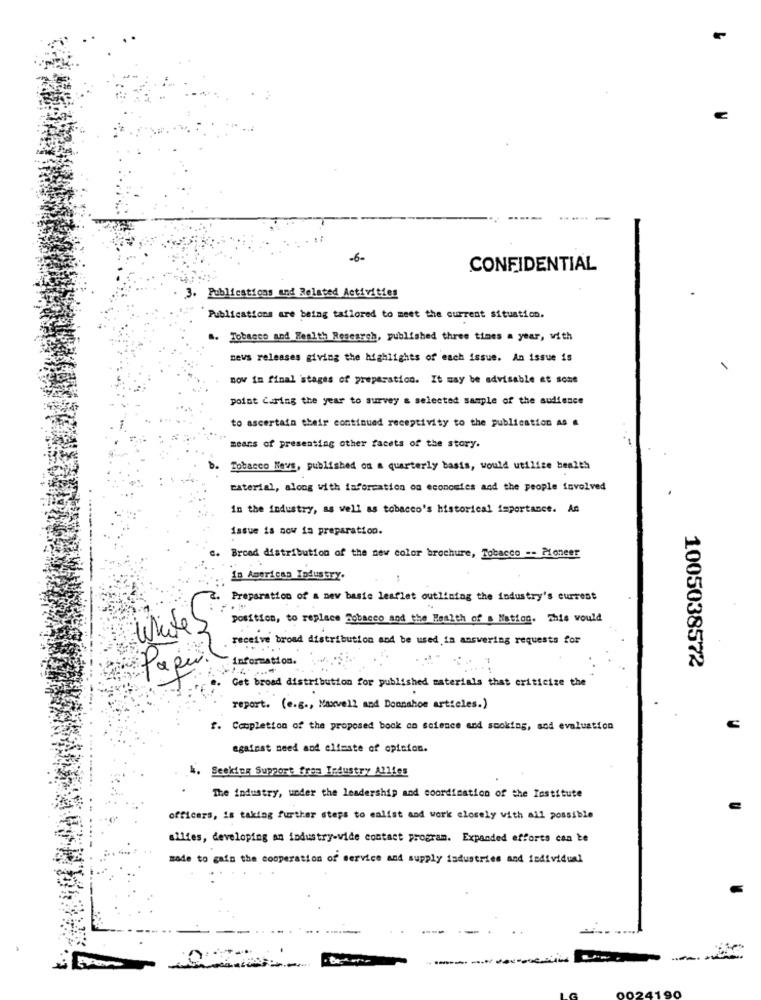
-6-
CONFIDENTIAL
3. Publications and Related Activities
Publications are being tailored to meet the current situation.
a. Tobacco and Health Research, published three times a year, with
news releases giving the highlights of each issue. An issue is
now in final stages of preparation. It may be advisable et some
point Caring the year to survey & selected sample of the audience
to ascertain their continued receptivity to the publication As .
means of presenting other facets of the story.
Tobacco Nevs, published on a quarterly basis, would utilice health
material, along with information on economics and the people involved
in the industry, as well as tobacco's historical importance. An
issue is now ia preparation.
Broad distribution of the new color brochure, Tobacco -- Moneer
18 American Industry.
Preparation of a new basic leaflet outlining the industry's current
position, to replace Tobacco and the Health of a Nation. This would
White
receive broad distribution and be used in answering requests for
: Information.
1005038572
Page
Get broad distribution for published materials that criticize the
report. (e.g ., Maxvell and Donnahoe articles.)
f. Completion of the proposed book on science and smoking, sod evaluation
against need and elfeste of opinion.
4. Seeking Support fras Industry Allies
The industry, under the leadership and coordination of the Institute
officers, is taking further steps to calist and work closely with all possible
allies, developing an industry-vide contact program. Expanded efforts can be
zade to gain the cooperation of service and supply industries and individual
----